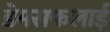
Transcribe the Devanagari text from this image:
डेमसफलाई